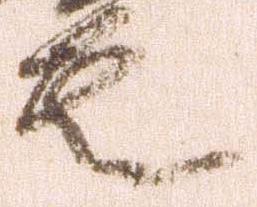
是